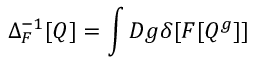
\Delta _ { F } ^ { - 1 } [ Q ] = \int { \cal D } g \delta [ F [ Q ^ { g } ] ]